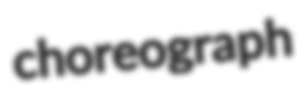
choreograph